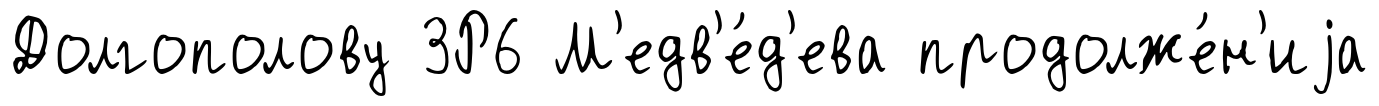
Долгополову 3Р6 М'едв'е́д'ева продолже́н'иjа